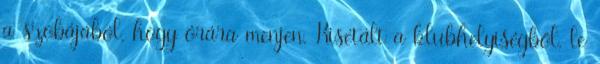
a szobájából, hogy órára menjen. Kisétált a klubhelyiségből, le